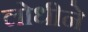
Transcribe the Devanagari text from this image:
लोधीने